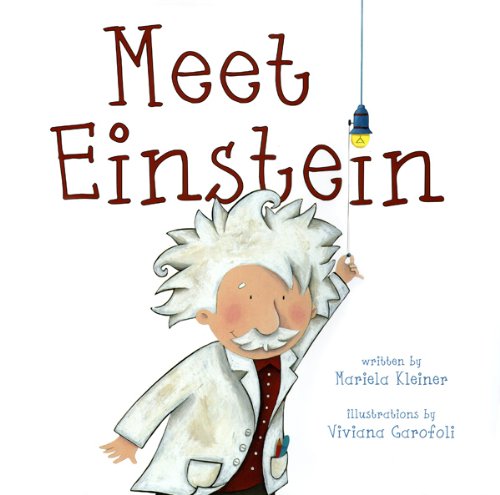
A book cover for Meet Einstein; Mariela Kleiner; Children's Books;